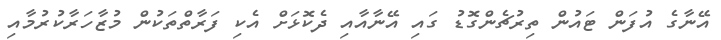
އޭނާގެ އުފަން ޓައުން ތިރުޗެންގޮޑު ގައި އޭނާއާއި ދެކޮޅަށް އެކި ފަރާތްތަކުން މުޒާހަރާކުރުމާއި